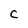
Character: C